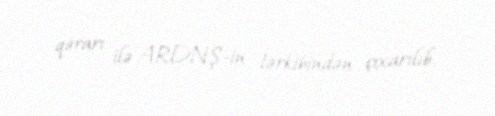
qərarı ilə ARDNŞ-in tərkibindən çıxarılıb.